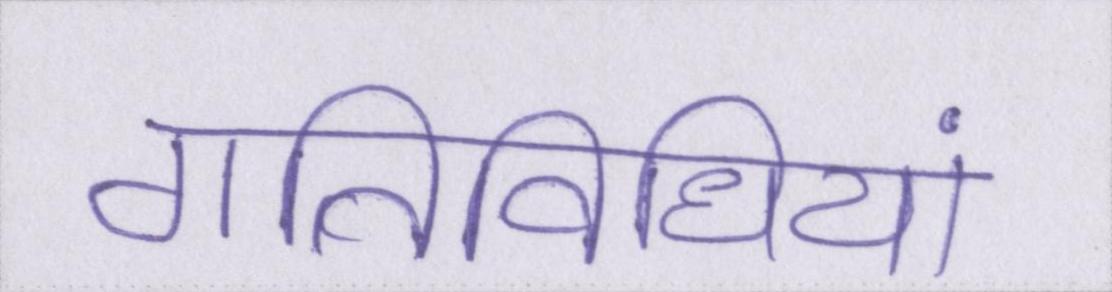
गतिविधियां